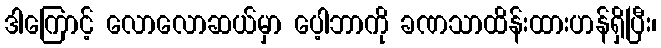
ဒါကြောင့် လောလောဆယ်မှာ ပေ့ါဘာကို ခဏသာထိန်းထားဟန်ရှိပြီး၊